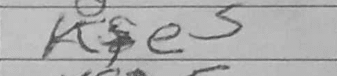
Transcription: Kfe5